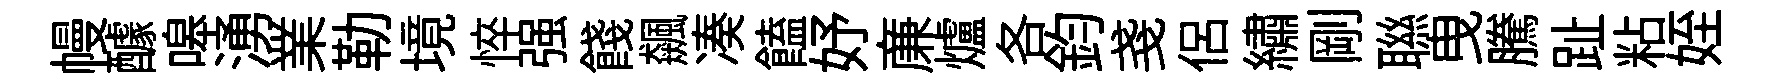
幔醵嗥湧業勒境悴强餞飆凑饁妤亷爐各鈞戔侶繡剛聮曳騰趾粘姪